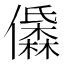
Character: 𱏝